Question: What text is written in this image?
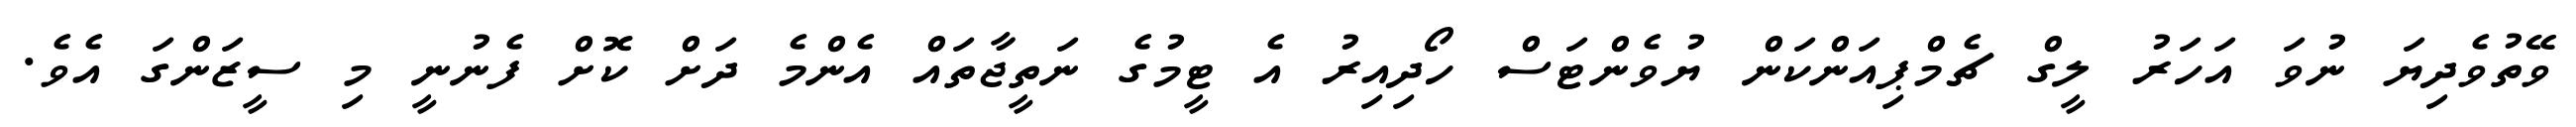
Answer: ވޭތުވެދިޔަ ނުވަ އަހަރު ލީގް ޗެމްޕިއަންކަން ޔުވެންޓަސް ހޯދިއިރު އެ ޓީމުގެ ނަތީޖާތައް އެންމެ ދަށް ކޮށް ފެނުނީ މި ސީޒަންގަ އެވެ.